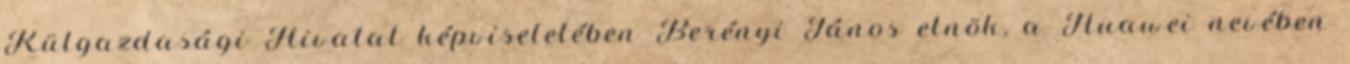
Külgazdasági Hivatal képviseletében Berényi János elnök, a Huawei nevében